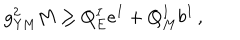
g _ { \mathrm { Y M } } ^ { 2 } M \ge Q _ { E } ^ { I } e ^ { I } + Q _ { M } ^ { I } b ^ { I } \, ,